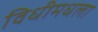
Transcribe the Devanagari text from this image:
विधीमधला